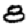
Digit: 8